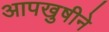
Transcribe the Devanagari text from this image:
आपखुषीने